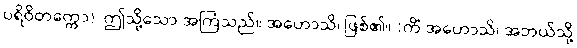
ပရိဝိတက္ကော)၊ ဤသို့သော အကြံသည်။ အဟောသိ၊ ဖြစ်၏။ (ကိံ အဟောသိ၊ အဘယ်သို့